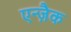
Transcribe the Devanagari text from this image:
एन्ज़ैक